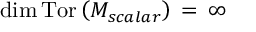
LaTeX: \mathrm { d i m } \, \mathrm { T o r } \left( { \cal M } _ { s c a l a r } \right) \, = \, \infty